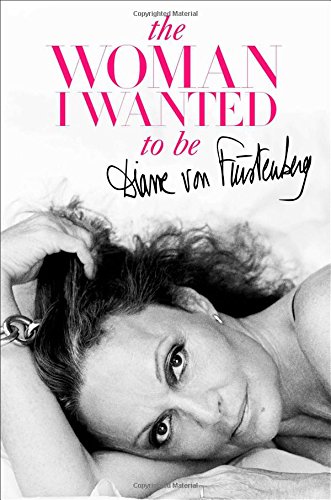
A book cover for The Woman I Wanted to Be; Diane von Furstenberg; Crafts, Hobbies & Home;